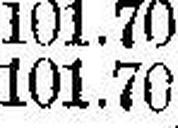
101.70